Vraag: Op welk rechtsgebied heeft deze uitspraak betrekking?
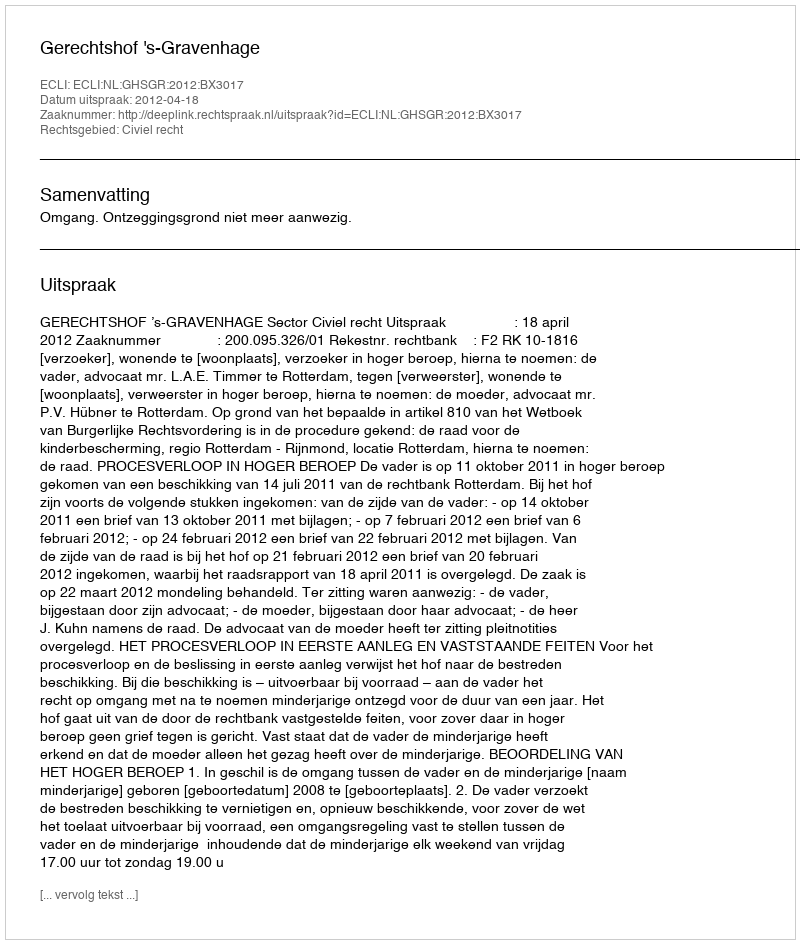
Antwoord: Civiel recht